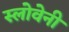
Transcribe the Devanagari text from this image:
स्लोवेनी